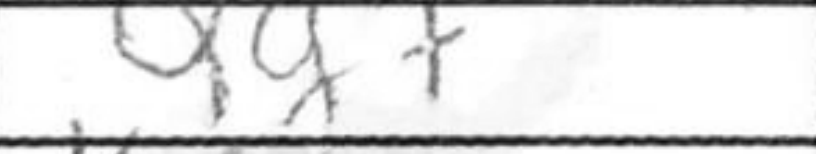
Transcription: Qg7